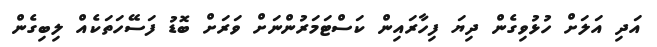
އަދި އަލަށް ހުޅުވިގެން ދިޔަ ފިހާރައިން ކަސްޓަމަރުންނަށް ވަރަށް ބޮޑު ފަސޭހަތަކެއް ލިބިގެން